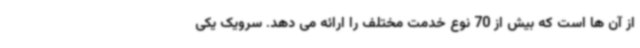
از آن ها است که بیش از 70 نوع خدمت مختلف را ارائه می دهد. سرویک یکی